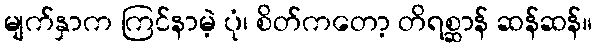
မျက်နှာက ကြင်နာမဲ့ ပုံ၊ စိတ်ကတော့ တိရစ္ဆာန် ဆန်ဆန်။